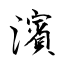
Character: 濱